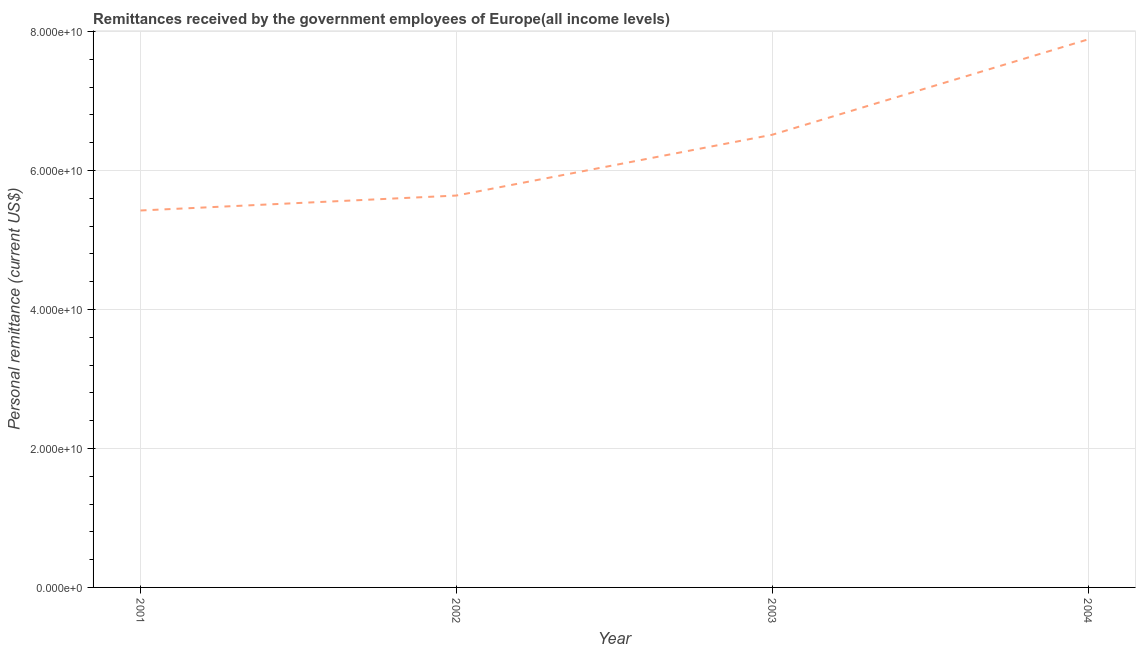
| Year | Personal remittances |
 | --- | --- |
 | 2001 | 5.42e+10 |
 | 2002 | 5.64e+10 |
 | 2003 | 6.51e+10 |
 | 2004 | 7.89e+10 |